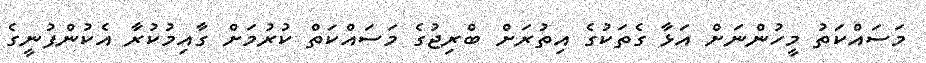
މަސައްކަތު މީހުންނަށް އަޅާ ގެތަކުގެ އިތުރަށް ބްރިޖުގެ މަސައްކަތް ކުރުމަށް ގާއިމުކުރާ އެކުންފުނީގެ